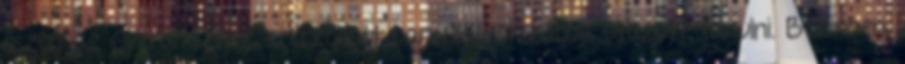
őszén az Operaházhoz szerződött ban Olaszországba utazott tanulni. Berlinben,